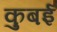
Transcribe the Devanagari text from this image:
कुबई